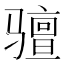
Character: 𫘰